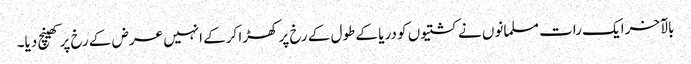
بالآخر ایک رات مسلمانوں نے کشتیوں کو دریا کے طول کے رخ پر کھڑا کرکے انہیں عرض کے رخ پر کھینچ دیا۔